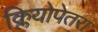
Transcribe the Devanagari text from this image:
क्लियोपेतरा